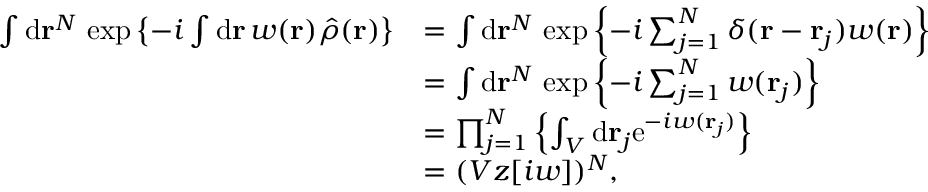
\begin{array} { r l } { \int \mathrm { d } \mathbf { r } ^ { N } \, \exp \left\{ - i \int \mathrm { d } \mathbf { r } \, w ( \mathbf { r } ) \hat { \rho } ( \mathbf { r } ) \right\} } & { = \int \mathrm { d } \mathbf { r } ^ { N } \, \exp \left\{ - i \sum _ { j = 1 } ^ { N } \delta ( \mathbf { r } - \mathbf { r } _ { j } ) w ( \mathbf { r } ) \right\} } \\ & { = \int \mathrm { d } \mathbf { r } ^ { N } \, \exp \left\{ - i \sum _ { j = 1 } ^ { N } w ( \mathbf { r } _ { j } ) \right\} } \\ & { = \prod _ { j = 1 } ^ { N } \left\{ \int _ { V } \mathrm { d } \mathbf { r } _ { j } \mathrm { e } ^ { - i w ( \mathbf { r } _ { j } ) } \right\} } \\ & { = ( V z [ i w ] ) ^ { N } , } \end{array}